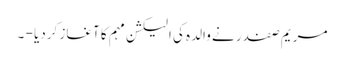
مریم صفدر نے والدہ کی الیکشن مہم کا آغاز کردیا - ۔